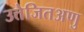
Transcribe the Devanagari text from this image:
उत्तेजितअणु